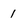
Character: 1